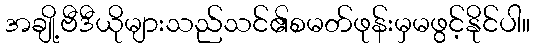
အချို့ဗီဒီယိုများသည်သင်၏စမတ်ဖုန်းမှမဖွင့်နိုင်ပါ။